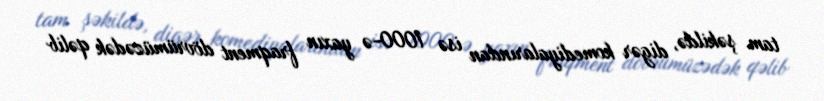
tam şəkildə, digər komediyalarından isə 1000-ə yaxın fraqment dövrümüzədək qəlib